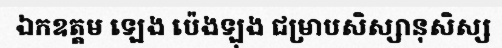
ឯកឧត្តម ឡេង ប៉េងឡុង ជម្រាបសិស្សានុសិស្ស